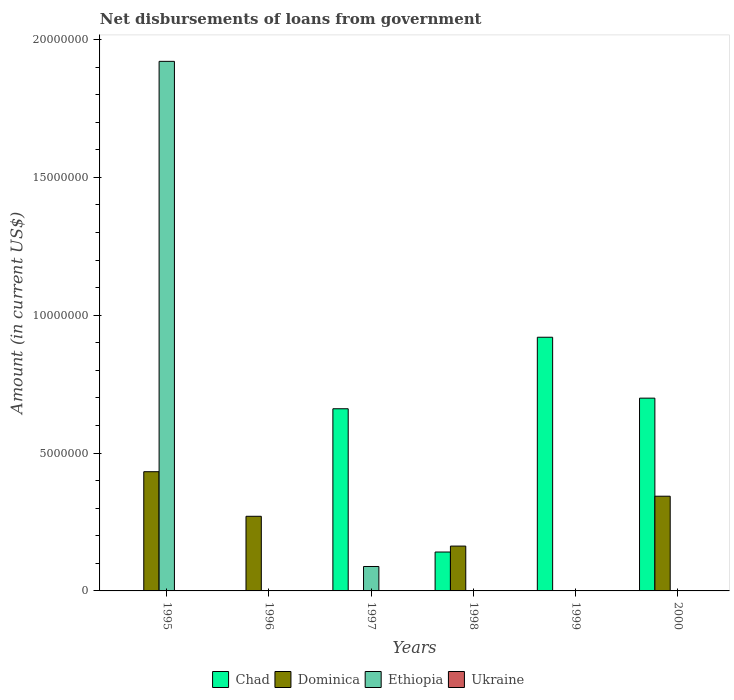
| Years | Chad | Dominica | Ethiopia | Ukraine |
 | --- | --- | --- | --- | --- |
 | 1995 | -6.89e+05 | 4.32e+06 | 1.92e+07 | -1.28e+07 |
 | 1996 | -4.92e+05 | 2.71e+06 | -1.89e+07 | -3.14e+08 |
 | 1997 | 6.61e+06 | -3.07e+06 | 8.86e+05 | -4.46e+08 |
 | 1998 | 1.41e+06 | 1.63e+06 | -6.5e+06 | -1.75e+08 |
 | 1999 | 9.2e+06 | -2.78e+06 | -1.32e+07 | -1.3e+08 |
 | 2000 | 6.99e+06 | 3.44e+06 | -3.1e+06 | -1.12e+09 |